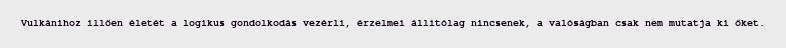
Vulkánihoz illően életét a logikus gondolkodás vezérli, érzelmei állítólag nincsenek, a valóságban csak nem mutatja ki őket.